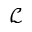
\mathcal { L }